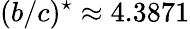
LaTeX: (b/c)^{\star}\approx 4.3871